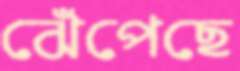
ঝেঁপেছে